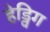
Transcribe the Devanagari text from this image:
हेड्विग